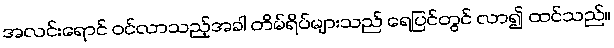
အလင်းရောင် ဝင်လာသည့်အခါ တိမ်ရိပ်များသည် ရေပြင်တွင် လာ၍ ထင်သည်။